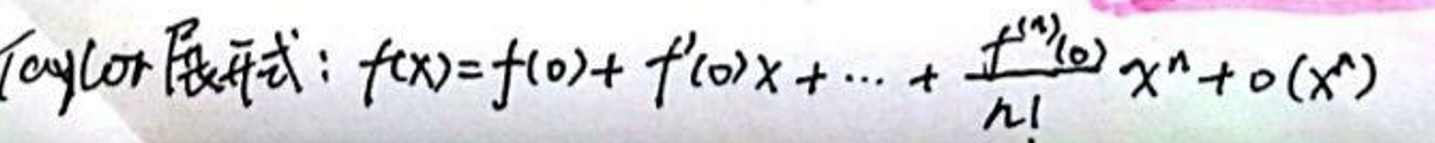
Taylor展开式：\[ f(x) = f(0) + f'(0)x + \cdots + \frac{f^{(n)}(0)}{n!}x^n + o(x^n) \]